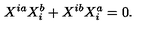
X ^ { i a } X _ { i } ^ { b } + X ^ { i b } X _ { i } ^ { a } = 0 .